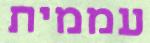
עממית